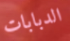
الدبابات